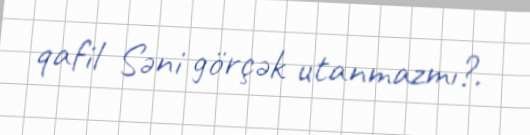
qafil Səni görçək utanmazmı?.